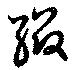
綴